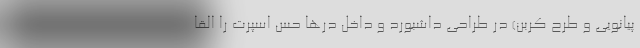
پیانویی و طرح کربن) در طراحی داشبورد و داخل درها حس اسپرت را القا